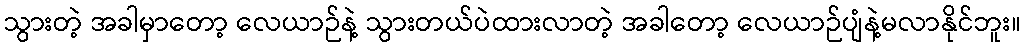
သွားတဲ့ အခါမှာတော့ လေယာဉ်နဲ့ သွားတယ်ပဲထားလာတဲ့ အခါတော့ လေယာဉ်ပျံနဲ့မလာနိုင်ဘူး။